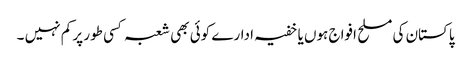
پاکستان کی مسلح افواج ہوں یا خفیہ ادارے کوئی بھی شعبہ کسی طور پر کم نہیں ۔